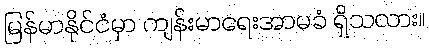
မြန်မာနိုင်ငံမှာ ကျန်းမာရေးအာမခံ ရှိသလား။